Report of the Municipal Commissioner on the plague in Bombay for the year ending 31st May... - Volume 1
Disease focus: Plague
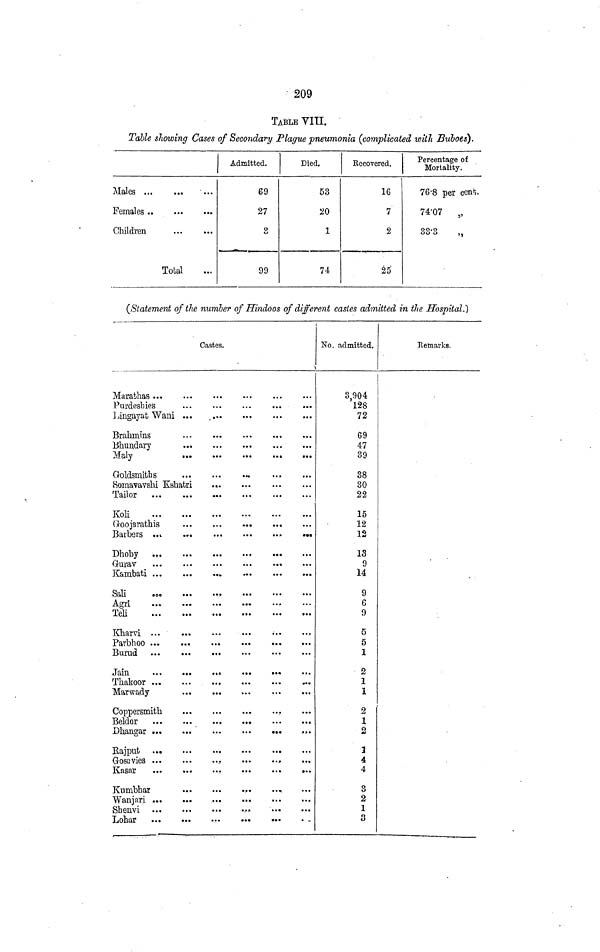
209
TABLE VIII.
Table showing Cases of Secondary Plague pneumonia (complicated with Buboes).
Males ...
Females ..
Children
...
...
...
Total
...
...
...
...
Admitted.
69
27
o
l>
99
Died.
53
20
1
74
Recovered.
16
7
2
25
Percentage of
Mortality.
76·8 per cent
74·07 „
33·3
,,
(Statement of the number of Hindoos of different castes admitted in the Hospital.)
Marathas ...
Purdesbies
Lingayat Wani
Brahmins
Bhundary
Maly
Goldsmiths
Somavavshi Kshatri
Tailor
...
Koli
Goojsrathis
Dhoby ...
Gurav
Kambati ...
Sali
Agri
Teli
Kharvi ...
Parbhoo ...
Bumd
Thakoor ...
Marwady
Coppersmith
Beldor
Bajput ..o
Gosavies ...
Kasar
Knmbhar
Wanjari ...
Shenvi
Castes.
*.·
No. admitted.
3.904
128
72
69
47
39
38
30
22
15
12
12
13
9
14
9
6
9
5
5
1
2
1
1
2
1
2
3
4
4
3
2
1
3
Remarks.